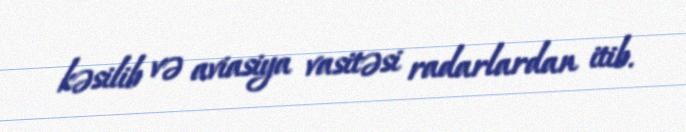
kəsilib və aviasiya vasitəsi radarlardan itib.